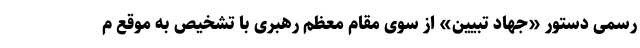
رسمی دستور «جهاد تبیین» از سوی مقام معظم رهبری با تشخیص به موقع م